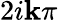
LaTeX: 2i\mathbf{k}\pi